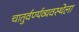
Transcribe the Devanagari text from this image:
चातुर्वर्ण्यव्यवस्थेला